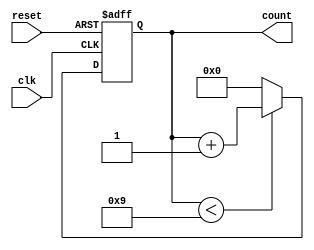
module cunter1	(clk,reset,count);
	input wire	clk;
	input wire	reset;
	
	output reg	[3:0]	count;
	
	always @ (posedge clk or posedge reset) begin   //
 		if ( reset==1)
 			count <=0;
		else 
			if (count<9)
				count <= count + 1;
			else 
				count <= 0;
		end
/*	  
	  always @ (posedge clk or negedge reset ) begin //
		if (!reset==1)
			count <= 0;//=0
		else 
			if (count < 9)
				count <= count + 1;
			else  
				count <= 0;
	  end
*/
endmodule